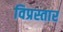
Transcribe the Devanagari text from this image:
विप्रस्तार